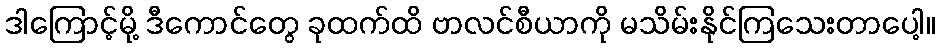
ဒါကြောင့်မို့ ဒီကောင်တွေ ခုထက်ထိ ဗာလင်စီယာကို မသိမ်းနိုင်ကြသေးတာပေါ့။